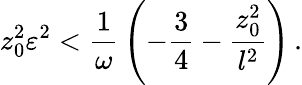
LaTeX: z_{0}^{2}\varepsilon^{2}<{\frac{1}{\omega}}\left(-{\frac{3}{4}}-{\frac{z_{0}^{2}}{l^{2}}}\right)\, .